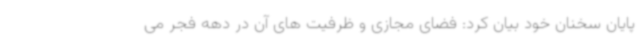
پایان سخنان خود بیان کرد: فضای مجازی و ظرفیت های آن در دهه فجر می